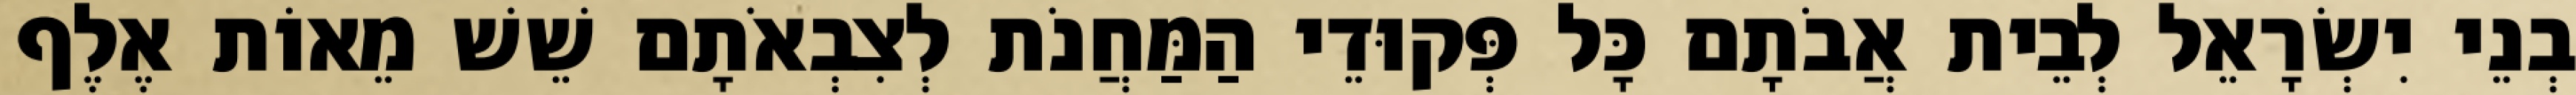
בְנֵי יִשְׂרָאֵל לְבֵית אֲבֹתָם כָּל פְּקוּדֵי הַמַּחֲנֹת לְצִבְאֹתָם שֵׁשׁ מֵאוֹת אֶלֶף